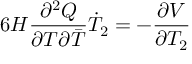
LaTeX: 6 H \frac { \partial ^ { 2 } Q } { \partial T \partial { \bar { T } } } \dot { T } _ { 2 } = - \frac { \partial V } { \partial T _ { 2 } }